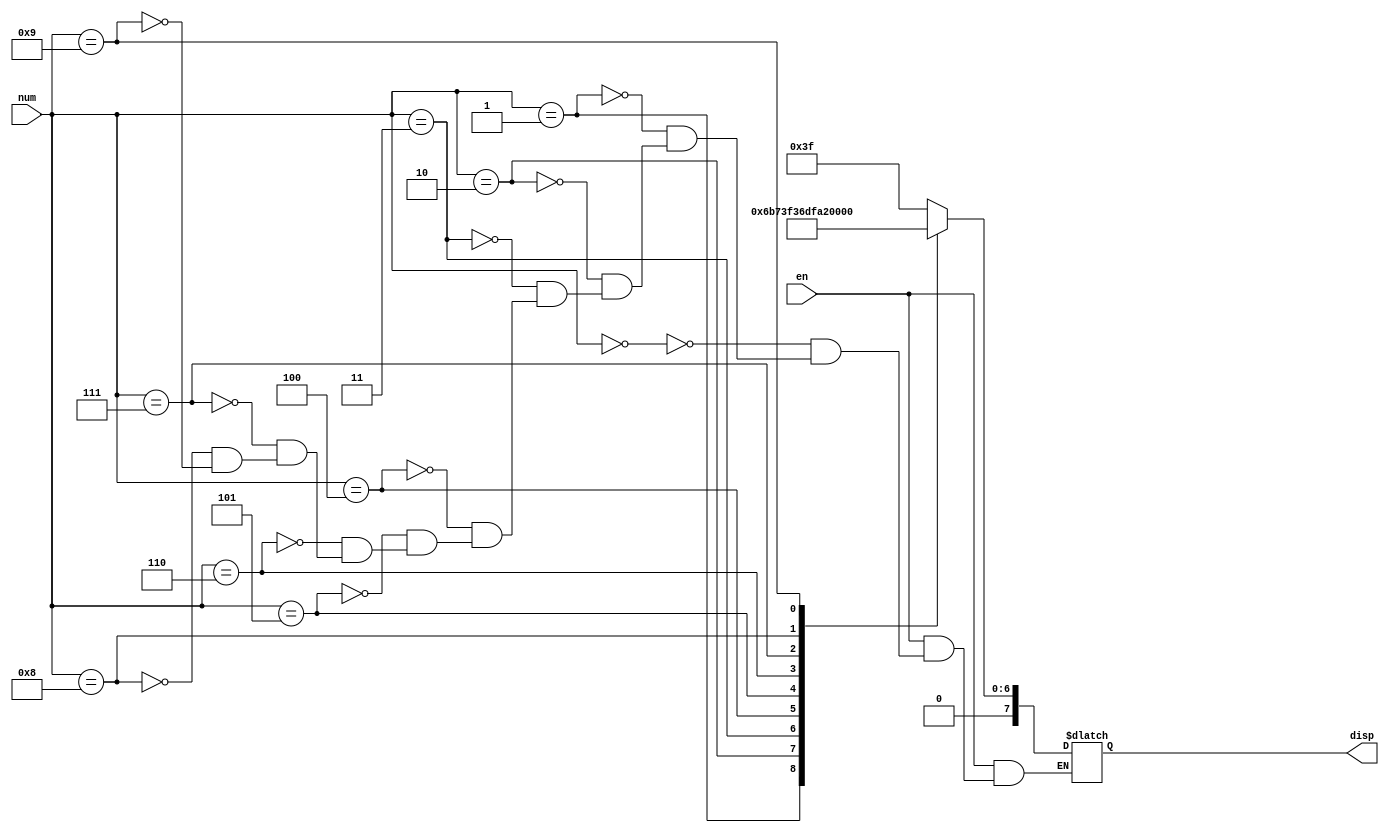
module seg_disp_drv(num, en, disp);

input [3:0] num;
input en;
output reg [7:0] disp;

always @(*) begin
    if (!en)
        disp = 8'bz;
    else begin
        case (num)
            4'd0: disp = 8'h3F;
            4'd1: disp = 8'h06;
            4'd2: disp = 8'h5B;
            4'd3: disp = 8'h4F;
            4'd4: disp = 8'h66;
            4'd5: disp = 8'h6D;
            4'd6: disp = 8'h7D;
            4'd7: disp = 8'h07;
            4'd8: disp = 8'h7F;
            4'd9: disp = 8'h6F;
        endcase
    end
end

endmodule